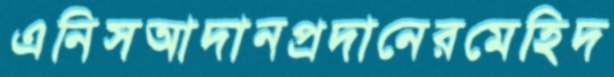
এনিসআদানপ্রদানেরমেহিদ